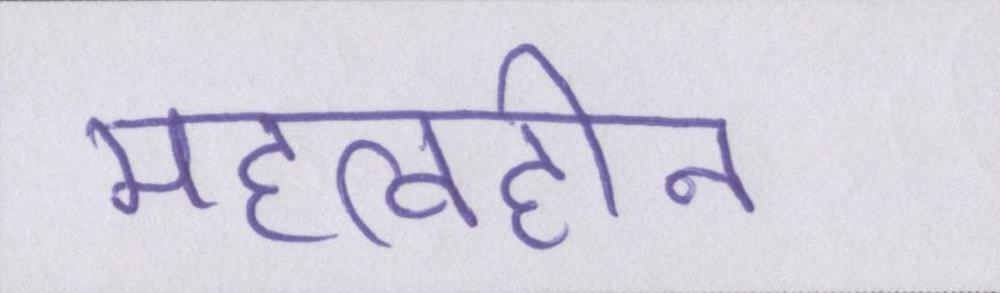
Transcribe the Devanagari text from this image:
महत्वहीन